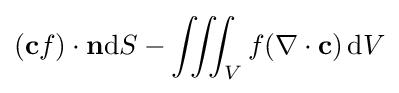
(\mathbf {c} f)\cdot \mathbf {n} \mathrm {d} S-\iiint _{V}f(\nabla \cdot \mathbf {c} )\,\mathrm {d} V